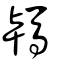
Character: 駂